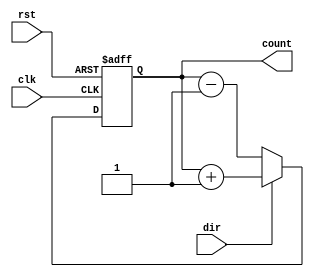
module up_down_counter (
    input wire clk,
    input wire rst,
    input wire dir,  // 0 for down, 1 for up
    output reg [7:0] count
);

always @(posedge clk or posedge rst) begin
    if (rst) begin
        count <= 8'b00000000; // initial value
    end else begin
        if (dir) begin
            count <= count + 1; // increment
        end else begin
            count <= count - 1; // decrement
        end
    end
end

endmodule